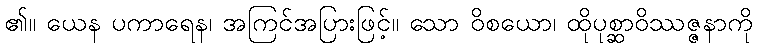
၏။ ယေန ပကာရေန၊ အကြင်အပြားဖြင့်။ သော ဝိစယော၊ ထိုပုစ္ဆာဝိဿဇ္ဇနာကို